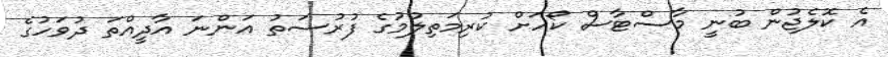
އެ ކޮލެޖުން ބުނީ މާސްޓާސް ކޯހަށް ކުރިމަތިލުމުގެ ފުރުސަތު އަންނަ އާދީއްތަ ދުވަހުގެ